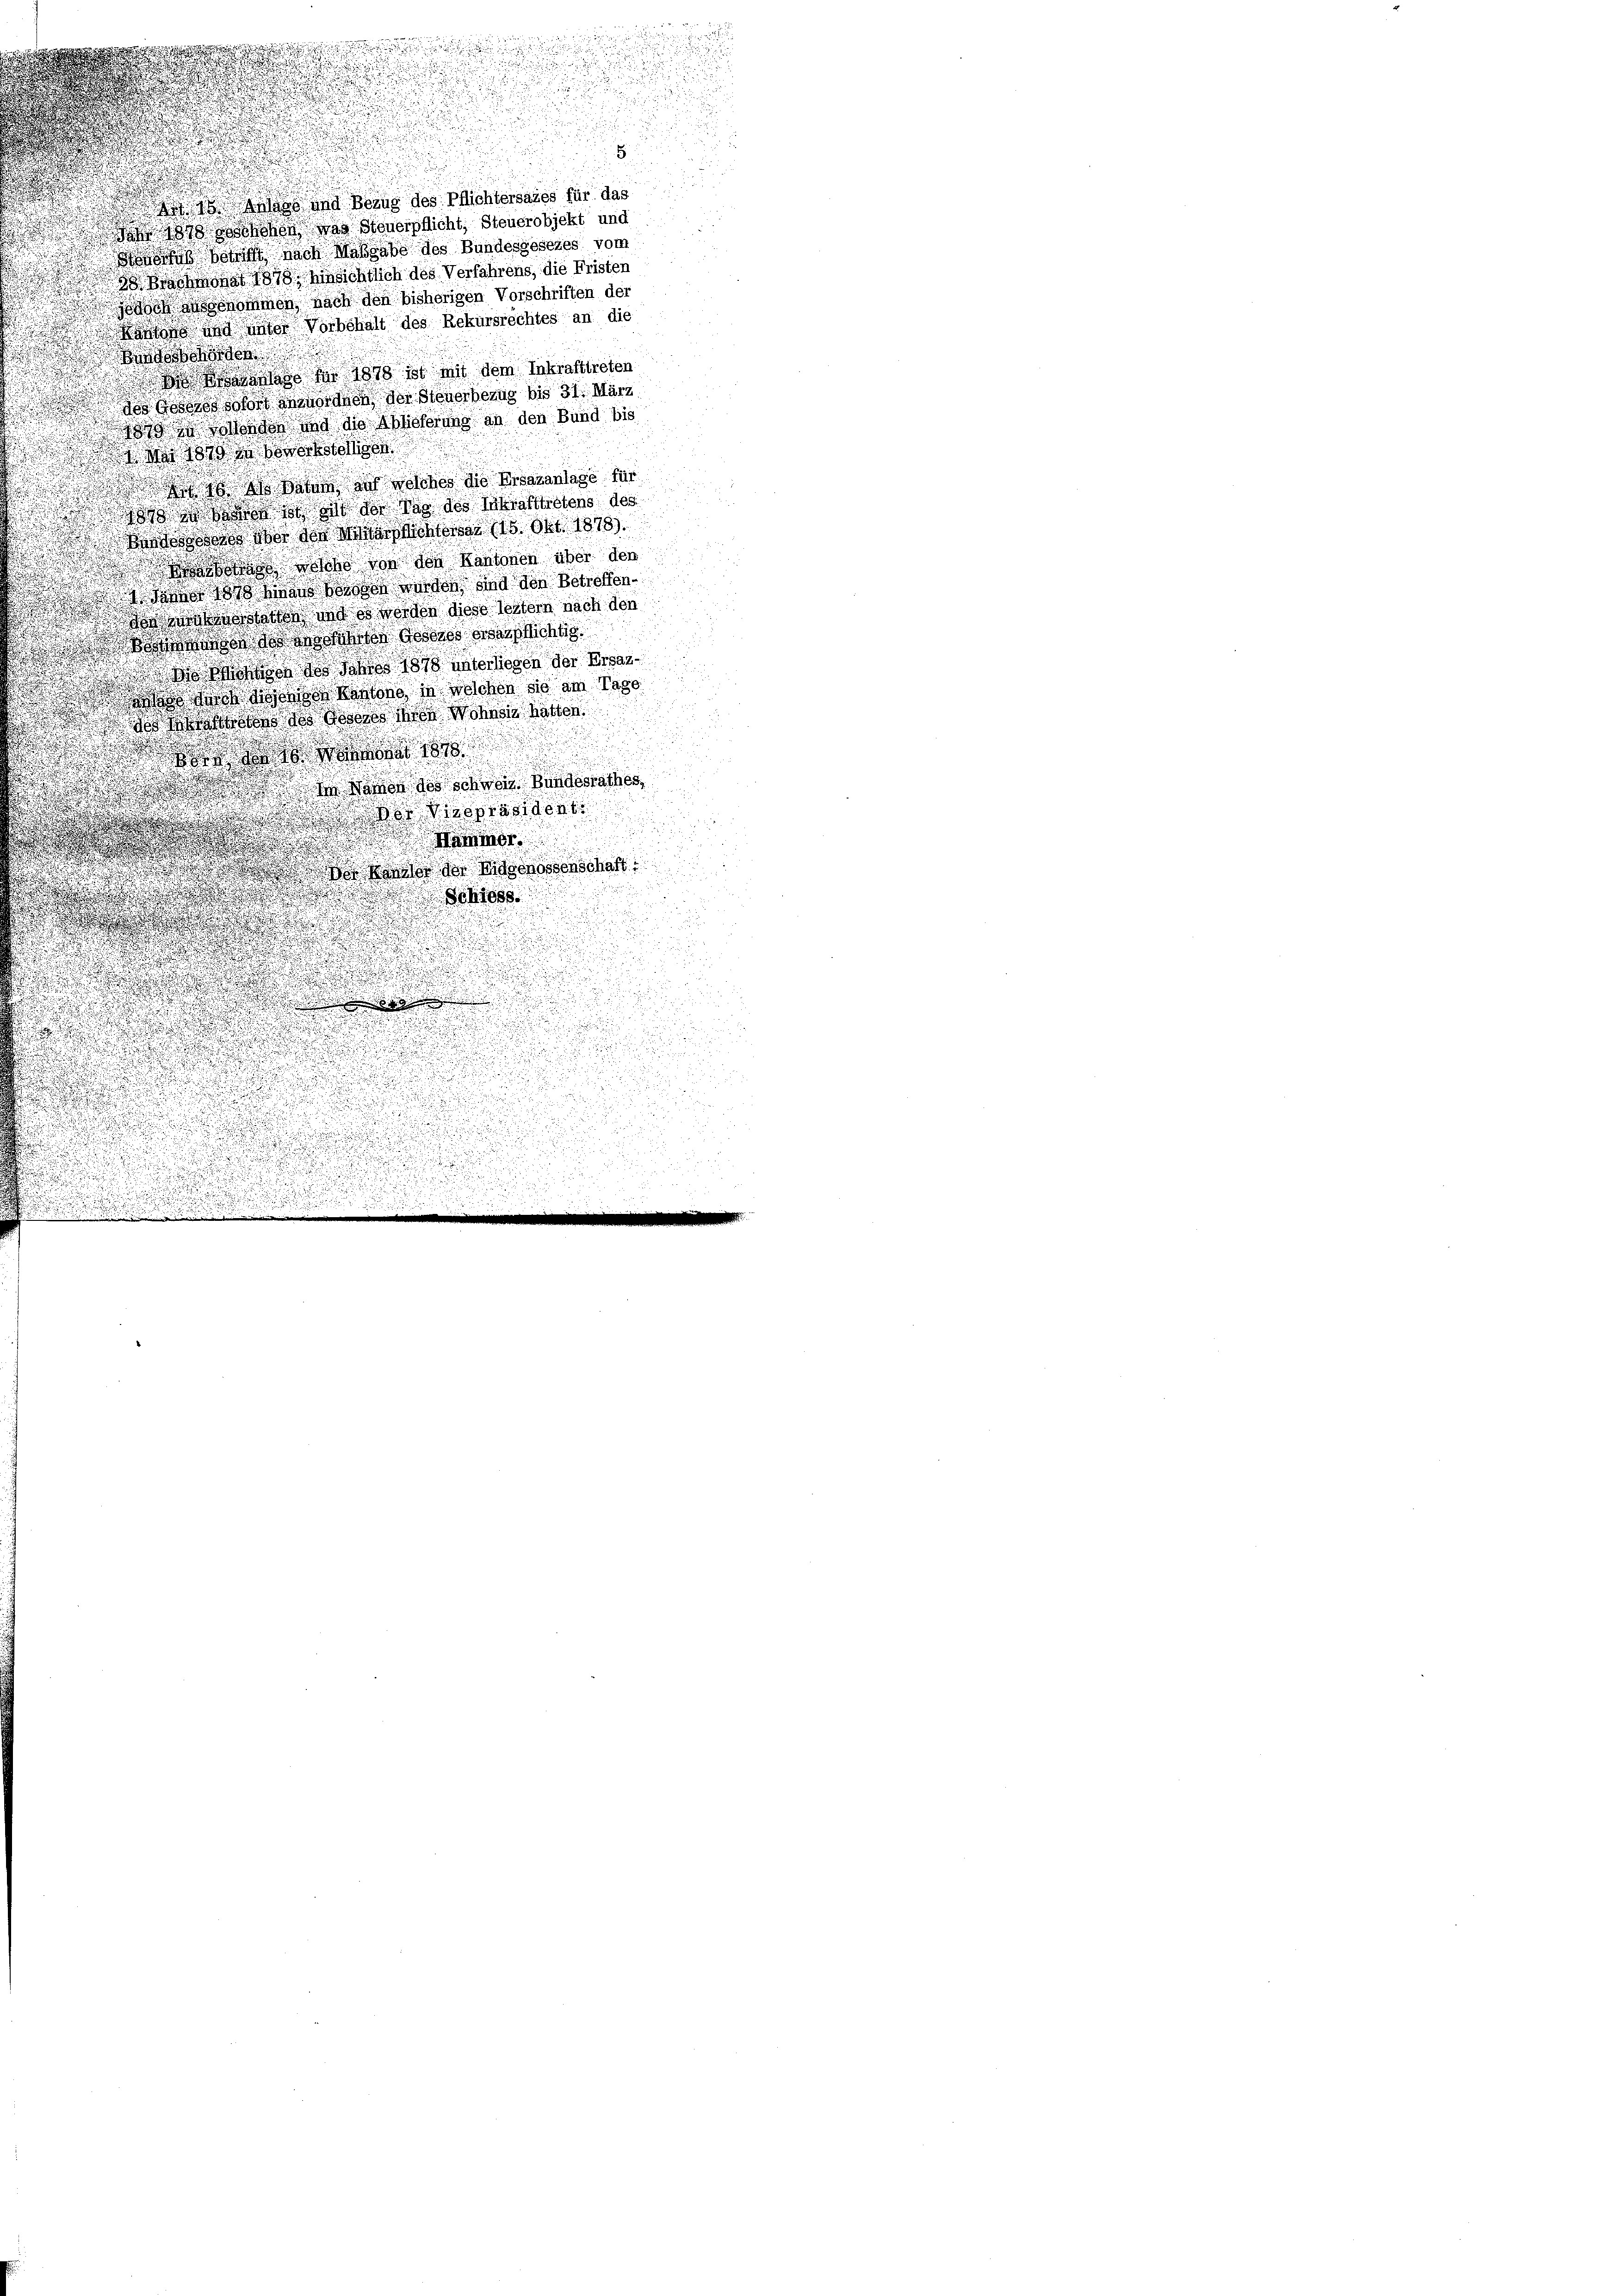
8
det sie das und Bezug des Pflichtersales für das
898 hoben was Steuerpflicht, Steuerobjekt und
osis seinst nach Maßgabe des Bundesgesetzes vom
 Brachmonat 1878 hinsichtlich des Verfahrens, die Fristen
odoch ausgenommen, nach den bisherigen Vorschriften der
 Kantons und unter Vorbehalt des Rekursrechtes an die
e

s für 1878 ist mit dem Inkrafttreten
dos Gosersdorf geworden, der Steuerbezug bis 31. März
evotendes und die Ausserung an den Bund bis
t Mit 1890 in Bewerkstelligen
 ihn zu welches die Ersaranlage für
os ist die der das des Inkrafttretens des
s Vor der Macht 15. Okt. 1878).
  von den Kantonen über den
2 Sonne 1898 Mangeboren werden sind den Betreffenaassen und es worden diese letztern nach den
.
.
d do des Sachen Gestes weißlichtig
   Jahres 1878 unterliegen der Ersar¬
.
 ado dorte dissonen Kantone in welchen sie am Tage
  Wassenen Wohnsit hätten
.

dn der in davor des weis Bundesrathes,
go dispräsident

Mammor

.
.
 Baier der Eidgenossenschaft

.

.

d

1885
n
.

e
.
n
d

.
d
u

.
.

.

i
.

.
d
.
.
d
d
.

de

.
u

e

e
e

u